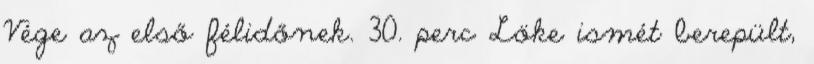
Vége az első félidőnek. 30. perc Löke ismét berepült,